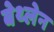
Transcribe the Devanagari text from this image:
बेथ्लेन